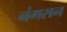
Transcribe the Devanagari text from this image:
नंगसन